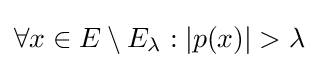
\forall x\in E\setminus E_{\lambda }:|p(x)|>\lambda